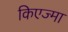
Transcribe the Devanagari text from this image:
किएज्मा